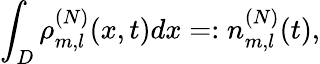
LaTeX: \int_{D}\rho_{m,l}^{(N)}(x,t)dx=:n_{m,l}^{(N)}(t),